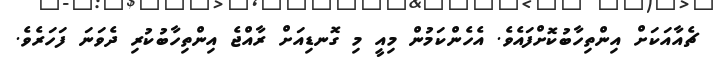
ޗެއާއަކަށް އިންތިހާބުކޮށްފައެވެ. އެހެންކަމުން މިއީ މި ގޮނޑިއަށް ރާއްޖެ އިންތިހާބުކުރި ދެވަނަ ފަހަރެވެ.